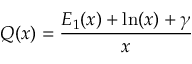
Q ( x ) = \frac { E _ { 1 } ( x ) + \ln ( x ) + \gamma } { x }